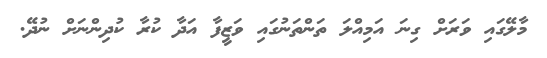
މާލޭގައި ވަރަށް ގިނަ އަމިއްލަ ތަންތަނުގައި ވަޒީފާ އަދާ ކުރާ ކުދިންނަށް ނުދޭ.